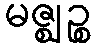
မဇ္ဈဉ္စ